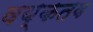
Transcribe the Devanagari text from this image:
वय्कतव